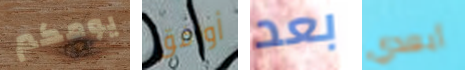
يومكم أوافق بعد أبعدي